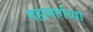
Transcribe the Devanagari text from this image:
महामार्गच्या